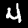
Digit: 4